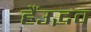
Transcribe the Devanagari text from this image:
हैंउद्भव